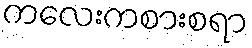
ကလေးကစားစရာ